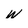
Character: W